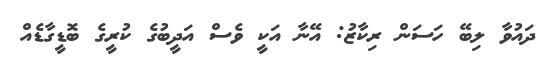
ދައުވާ ލިބޭ ހަސަން ރިކާޒު: އޭނާ އަކީ ވެސް އަދީބުގެ ކުރީގެ ބޮޑީގާޑެއް